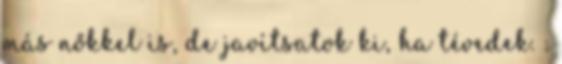
más nőkkel is, de javítsatok ki, ha tévedek. :